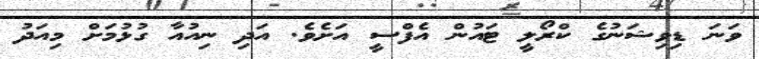
ވަނަ ޑިވިޝަނުގެ ކްރޯލީ ޓައުން އެފްސީ އަށެވެ. އަދި ނިއުއާ ގުޅުމަށް މިއަދު